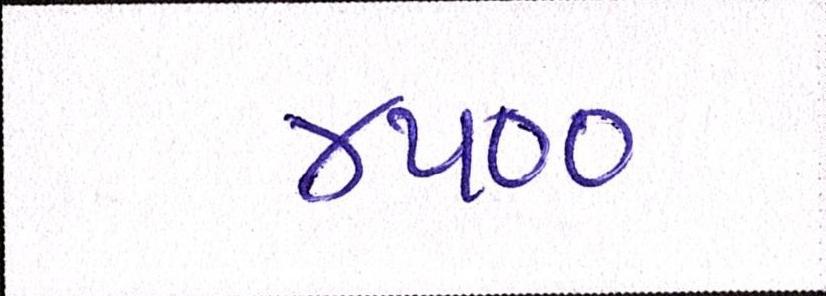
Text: ૪૫૦૦